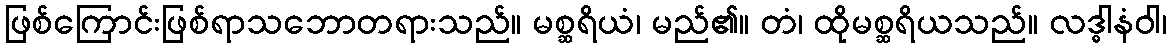
ဖြစ်ကြောင်းဖြစ်ရာသဘောတရားသည်။ မစ္ဆရိယံ၊ မည်၏။ တံ၊ ထိုမစ္ဆရိယသည်။ လဒ္ဓါနံဝါ၊